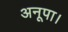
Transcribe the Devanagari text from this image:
अनूपा।